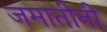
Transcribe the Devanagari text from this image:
जमातीनी